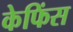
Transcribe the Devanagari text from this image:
केफिंस